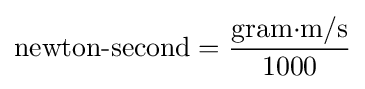
{\text{newton-second}}={\frac {\mathrm {gram{\cdot }m/s} }{1000}}